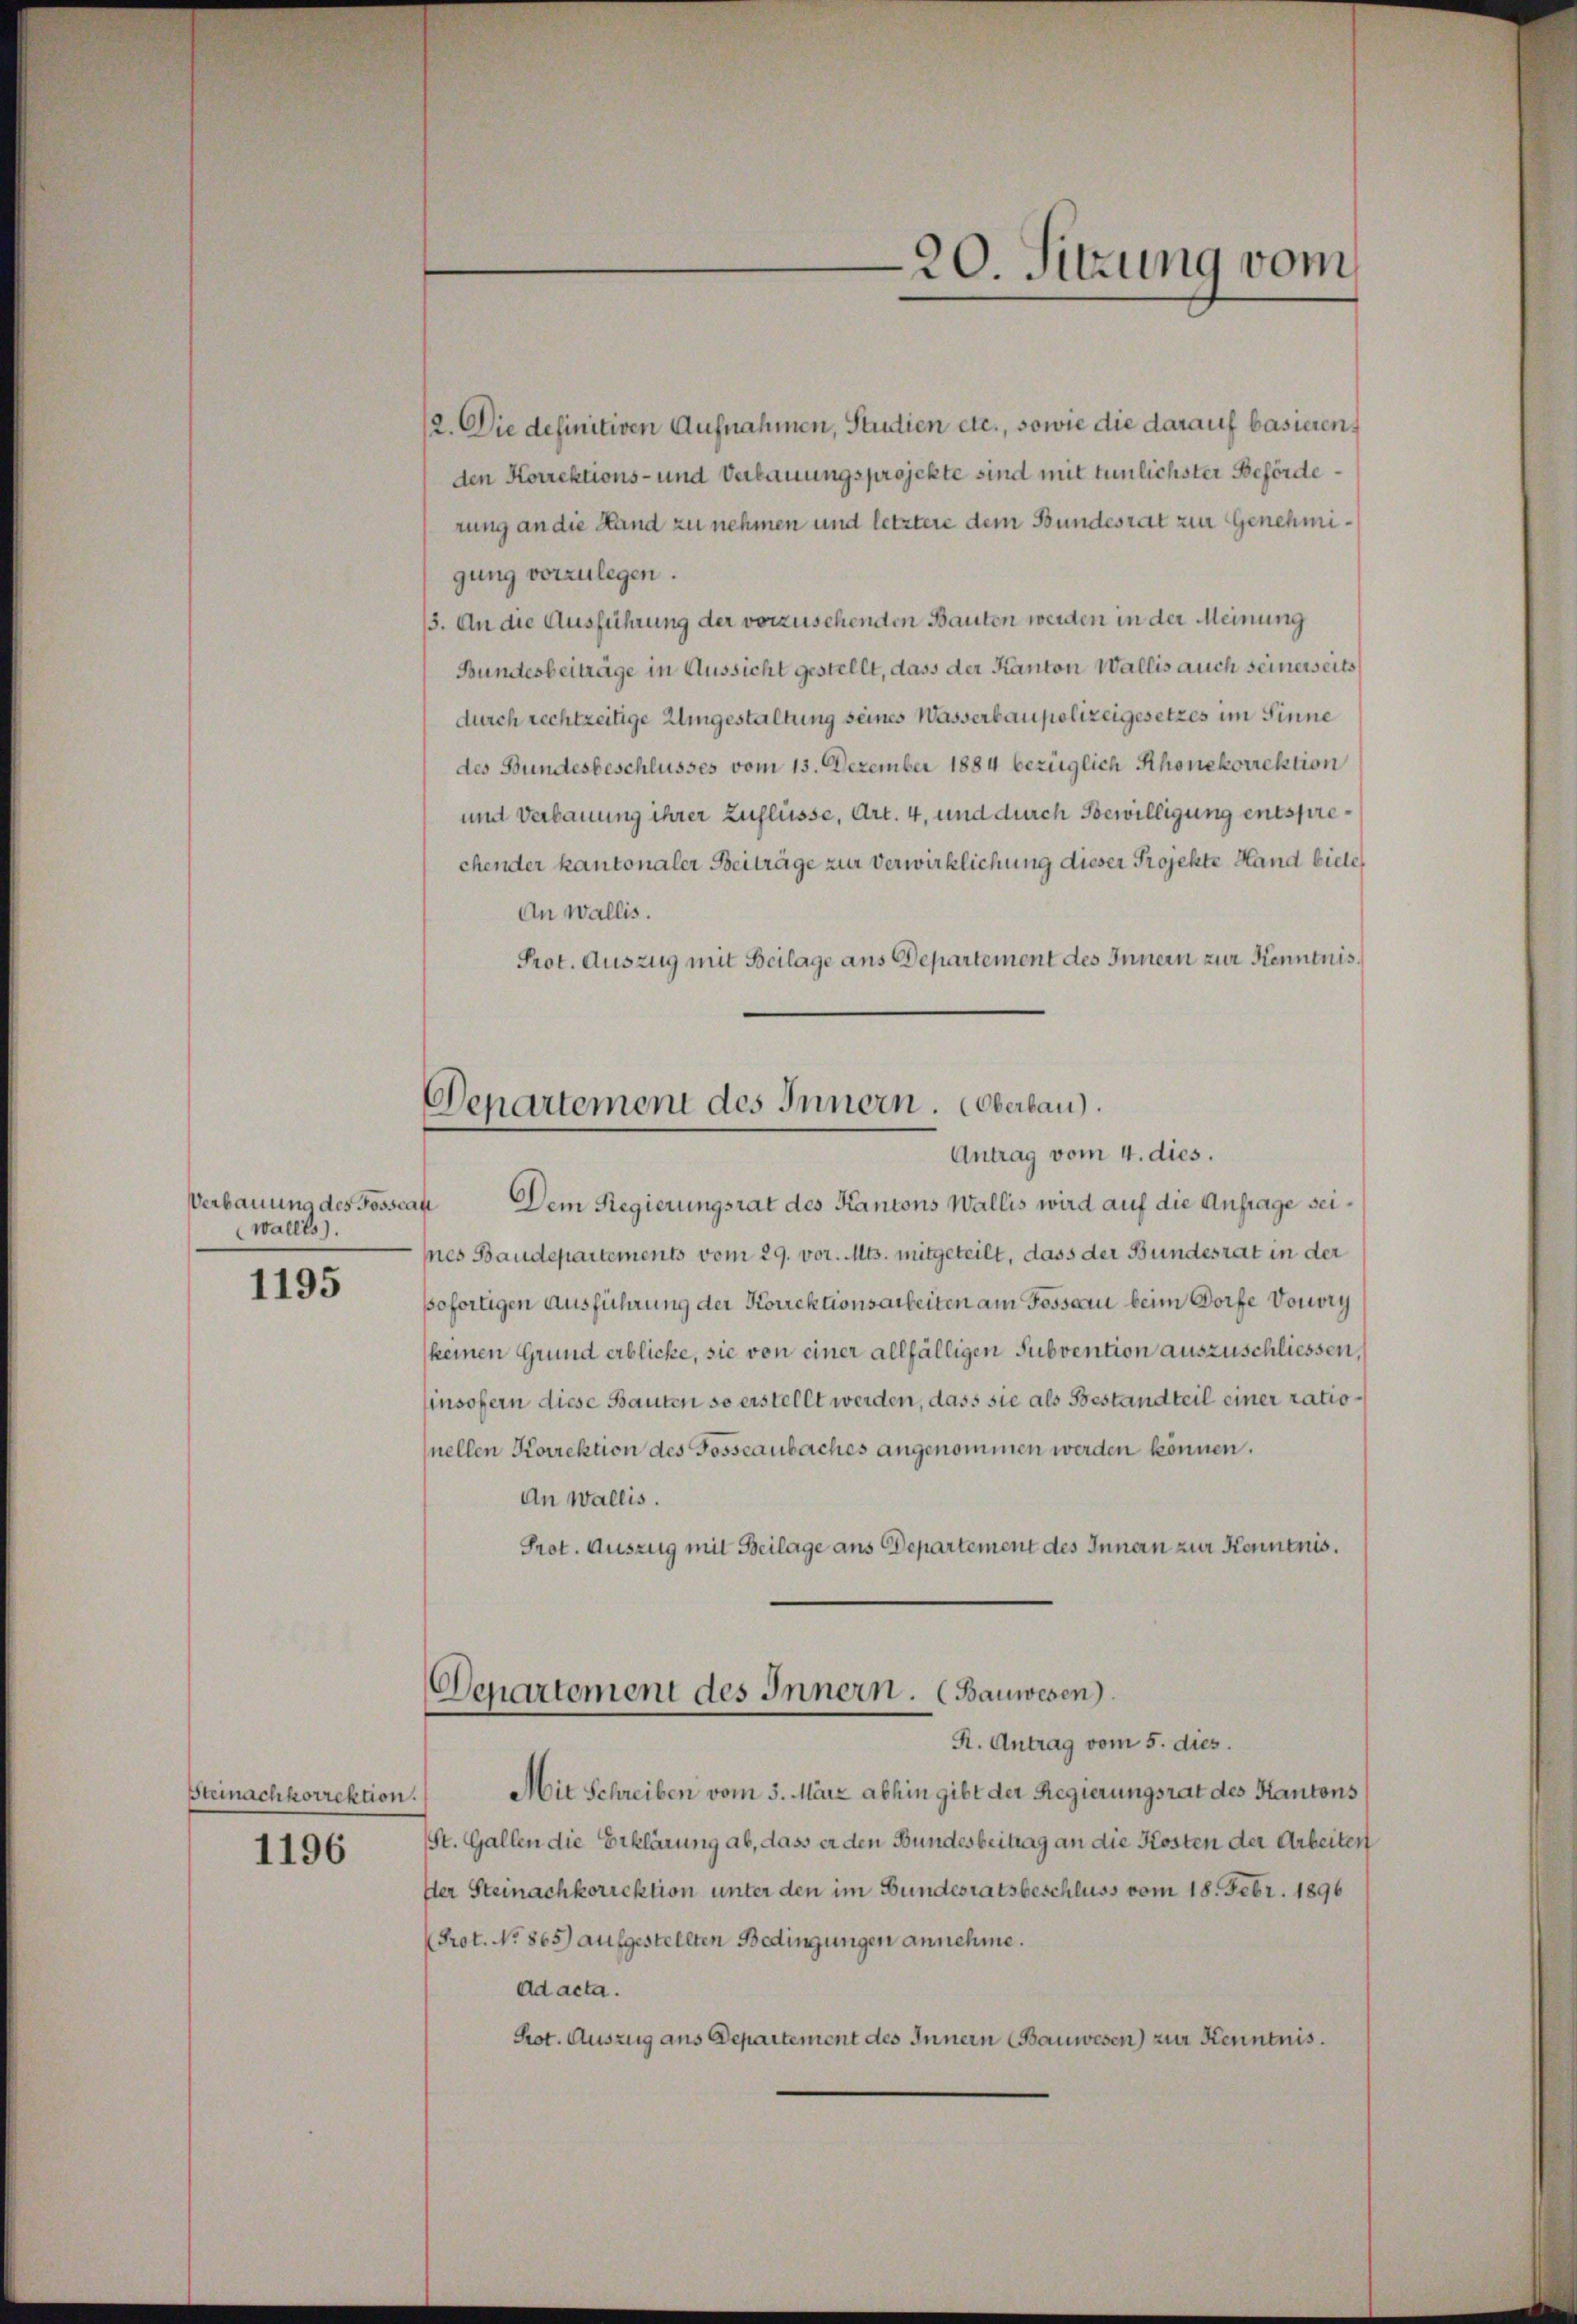
Verbauung des Posser
wallis).
.

1195

Steinachkorrektion

1196

Departement des Innern. Oberlau

20. Sitzung vom

12. Die definitiven Aufnahmen, Studien etc., sowie die darauf basieren,
den Korrektions- und Verbauungsprojekte sind mit tunlichster Beförderung an die Hand zu nehmen und letztere dem Bundesrat zur Genehmigung vorzulegen.
13. An die Ausführung der vorzusehenden Bauten werden in der Meinung
Bundesbeiträge in Aussicht gestellt, dass der Kanton Wallis auch seinerseits
durch rechtzeitige Umgestaltung seines Wasserbaupolizeigesetzes im Sinne
des Bundesbeschlusses vom 15. Dezember 1884 bezüglich Rhonekorrektion
und Verbauung ihrer Zuflüsse, Art. 4, und durch Bewilligung entsprechender kantonaler Beiträge zur Verwirklichung dieser Projekte Hand biete
An Wallis.
Prot. Auszug mit Beilage ans Departement des Innern zur Kenntnis¬
Antrag vom 4. dies.
an Dem Regierungsrat des Kantons Wallis wird auf die Anfrage seines Baudepartements vom 29. vor. Mts. mitgeteilt, dass der Bundesrat in der
sofortigen Ausführung der Korrektionsarbeiten am Possarii beim Dorfe Vouvry
keinen Grund erblicke, sie von einer allfälligen Subvention auszuschliessen,
insofern diese Bauten so erstellt werden, dass sie als Bestandteil einer rationellen Korrektion des Gosseaubaches angenommen werden können.
An Wallis.
Prot. Auszug mit Beilage aus Departement des Innern zur Kenntnis.
Departement des Innern. (Bauwesen.
R. Antrag vom 5. dies.
Mit Schreiben vom 5. März abhin gibt der Regierungsrat des Kantons
St. Gallen die Erklärung ab, dass er den Bundesbeitrag an die Kosten der Arbeiten
der Steinachkorrektion unter den im Bundesratsbeschluss vom 18. Febr. 1896
Prot. No. 865) aufgestellten Bedingungen annehme.
Ad acta.
Rot. Auszug aus Departement des Innern Bauwesen) zur Kenntnis¬